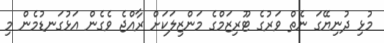
މުޅި ދުނިޔޭގަ ނެތް ވަރުގެ ޓޫރިޒަމްގެ މަންޒިލަކަށް ރާއްޖެ ވެގެން އަޅުގަނޑުމެން މި